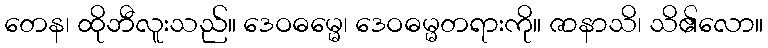
တေန၊ ထိုဘီလူးသည်။ ဒေဝဓမ္မေ၊ ဒေဝဓမ္မတရားကို။ ဇာနာသိ၊ သိ၏လော။